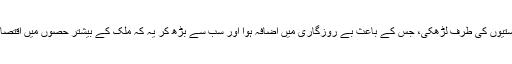
جس کی وجہ سے ملکی پیداوار تیزی کے ساتھ پستیوں کی طرف لڑھکی، جس کے باعث بے روزگاری میں اضافہ ہوا اور سب سے بڑھ کر یہ کہ ملک کے بیشتر حصوں میں اقتصادی سرگرمیاں کلی طور پر جامد ہو کے رہ گئیں۔